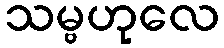
သမ္ဗဟုလေ